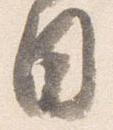
目